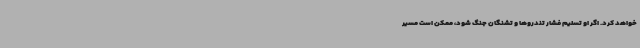
خواهد کرد. اگر او تسلیم فشار تندروها و تشنگان جنگ شود، ممکن است مسیر